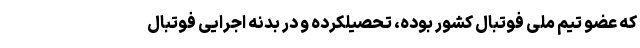
که عضو تیم ملی فوتبال کشور بوده، تحصیلکرده و در بدنه اجرایی فوتبال